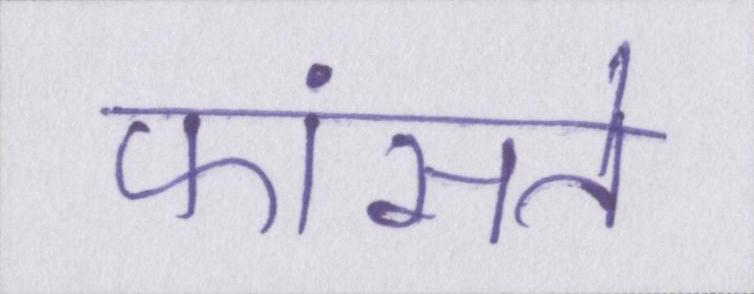
फांसते